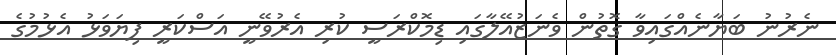
ނެރުނު ބަޔާނެއްގައިވާ ގޮތުން ވެނަޒުއޭލާގައި ޑިމޮކްރަސީ ކުރި އެރުވޭނީ އަސްކަރީ ފިޔަވަޅު އެޅުމުގެ